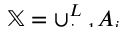
\smash { \mathbb { X } = \cup _ { i = 1 } ^ { L } A _ { i } }